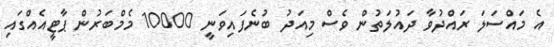
އެ މައްސަލަ ރައްދުވާ ދައުލަތުން ވެސް މިއަދު ބުނެފައިވަނީ 10000 މެމްބަރުން ޕާޓީއެއްގައި